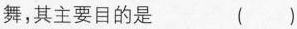
舞，其主要目的是（）